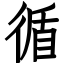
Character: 循